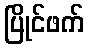
ပြိုင်ဖက်